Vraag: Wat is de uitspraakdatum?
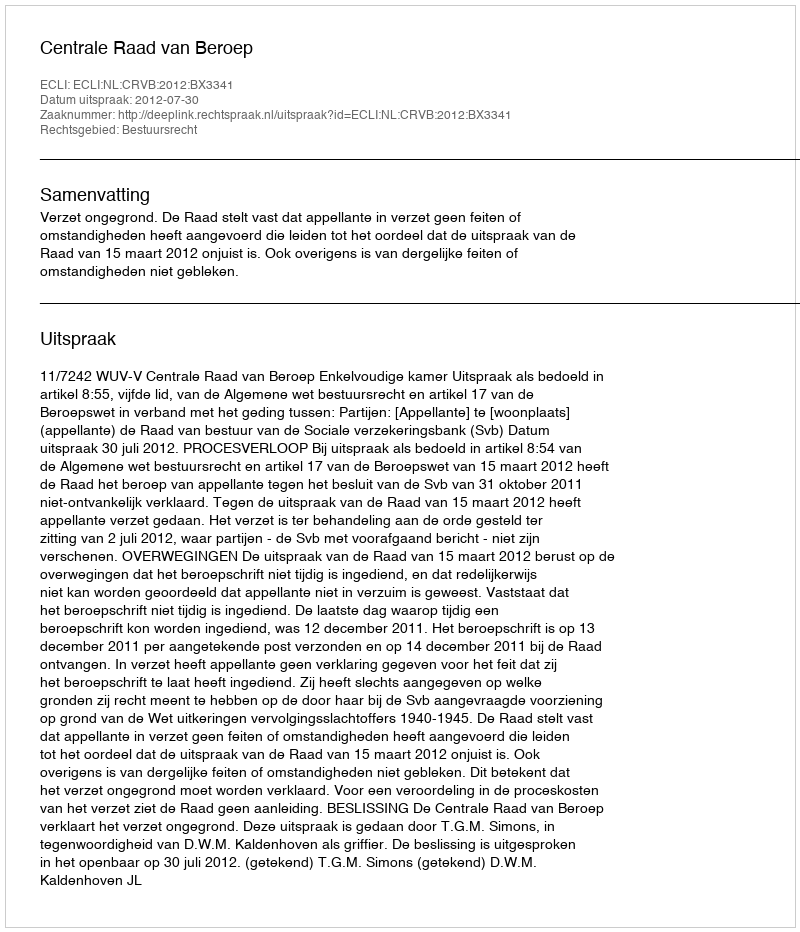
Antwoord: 2012-07-30